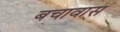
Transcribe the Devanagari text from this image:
बचावास